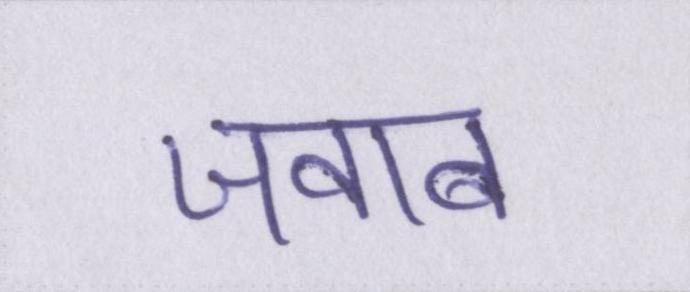
जवाब